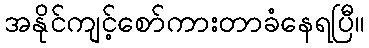
အနိုင်ကျင့်စော်ကားတာခံနေရပြီ။